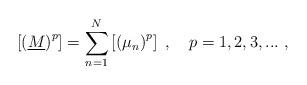
LaTeX: \begin{align*}\left[ \left( \underline{M}\right) ^{p}\right] =\sum_{n=1}^{N}\left[ \left( \mu _{n}\right) ^{p}\right] ~,~~~p=1,2,3,...~,\end{align*}